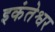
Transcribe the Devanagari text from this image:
इकंतेश्वर